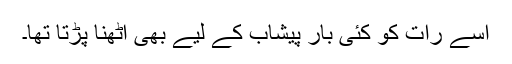
اسے رات کو کئی بار پیشاب کے لیے بھی اٹھنا پڑتا تھا۔